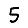
Digit: 5